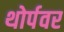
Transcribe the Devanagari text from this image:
थोर्पवर